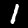
Digit: 1